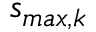
s _ { m a x , k }